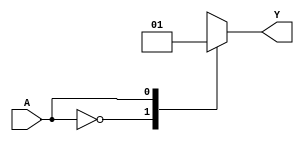
module single_variable_kmap (
    input wire A,      // 1-bit input
    output reg Y       // 1-bit output
);

// Define the output values for each state of A
parameter Y0 = 1'b0; // Output value when A = 0
parameter Y1 = 1'b1; // Output value when A = 1

// Combinational logic block
always @* begin
    case (A)
        1'b0: Y = Y0;  // If A is 0, set Y to Y0
        1'b1: Y = Y1;  // If A is 1, set Y to Y1
        default: Y = 1'b0; // Default case
    endcase
end

endmodule